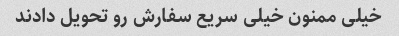
خیلی ممنون خیلی سریع سفارش رو تحویل دادند